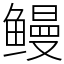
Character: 鳗